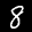
Label: 8